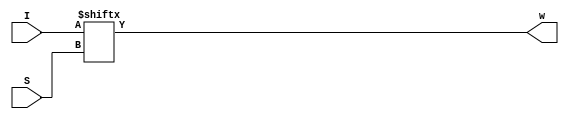
`timescale 1ns/1ns
module Mux16to1(input [15:0]I, input [3:0]S, output w);
	assign #(65,96) w = I[S];
endmodule